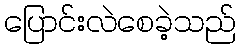
ပြောင်းလဲစေခဲ့သည်